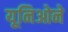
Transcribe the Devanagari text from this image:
यूनिओने